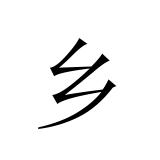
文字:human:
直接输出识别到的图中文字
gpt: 乡